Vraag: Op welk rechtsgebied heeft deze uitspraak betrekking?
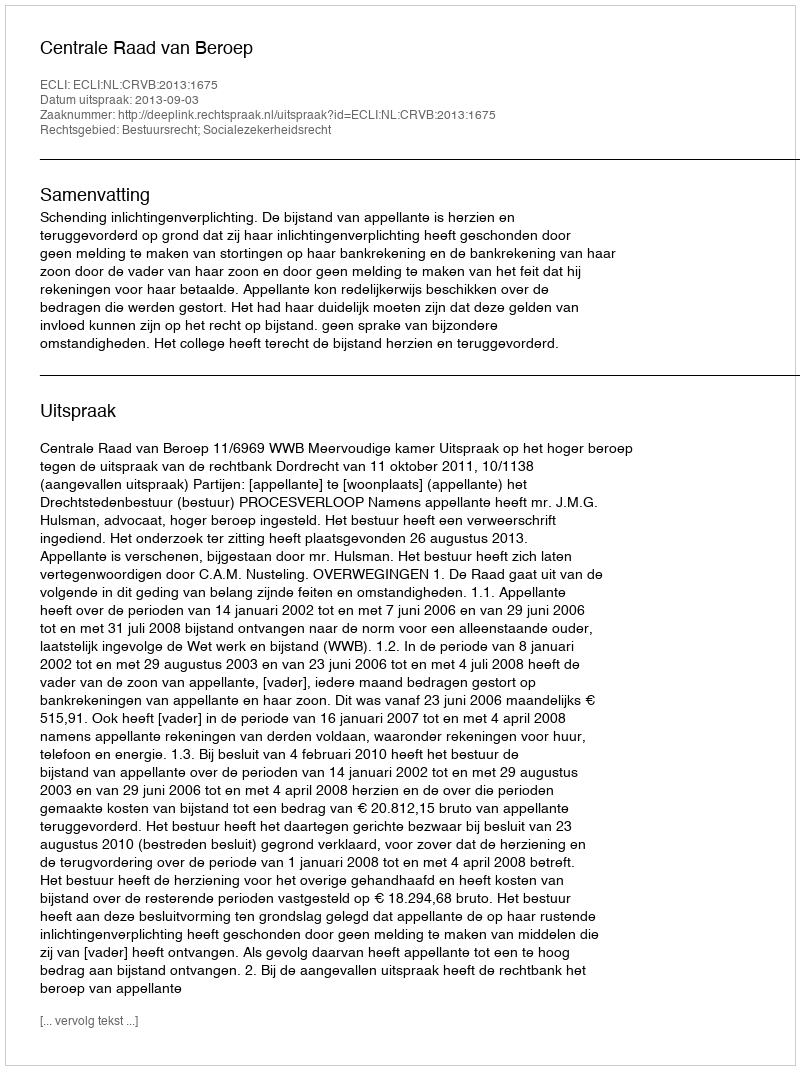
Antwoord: Bestuursrecht; Socialezekerheidsrecht